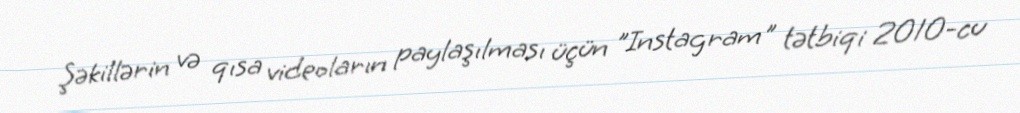
Şəkillərin və qısa videoların paylaşılması üçün "Instagram" tətbiqi 2010-cu